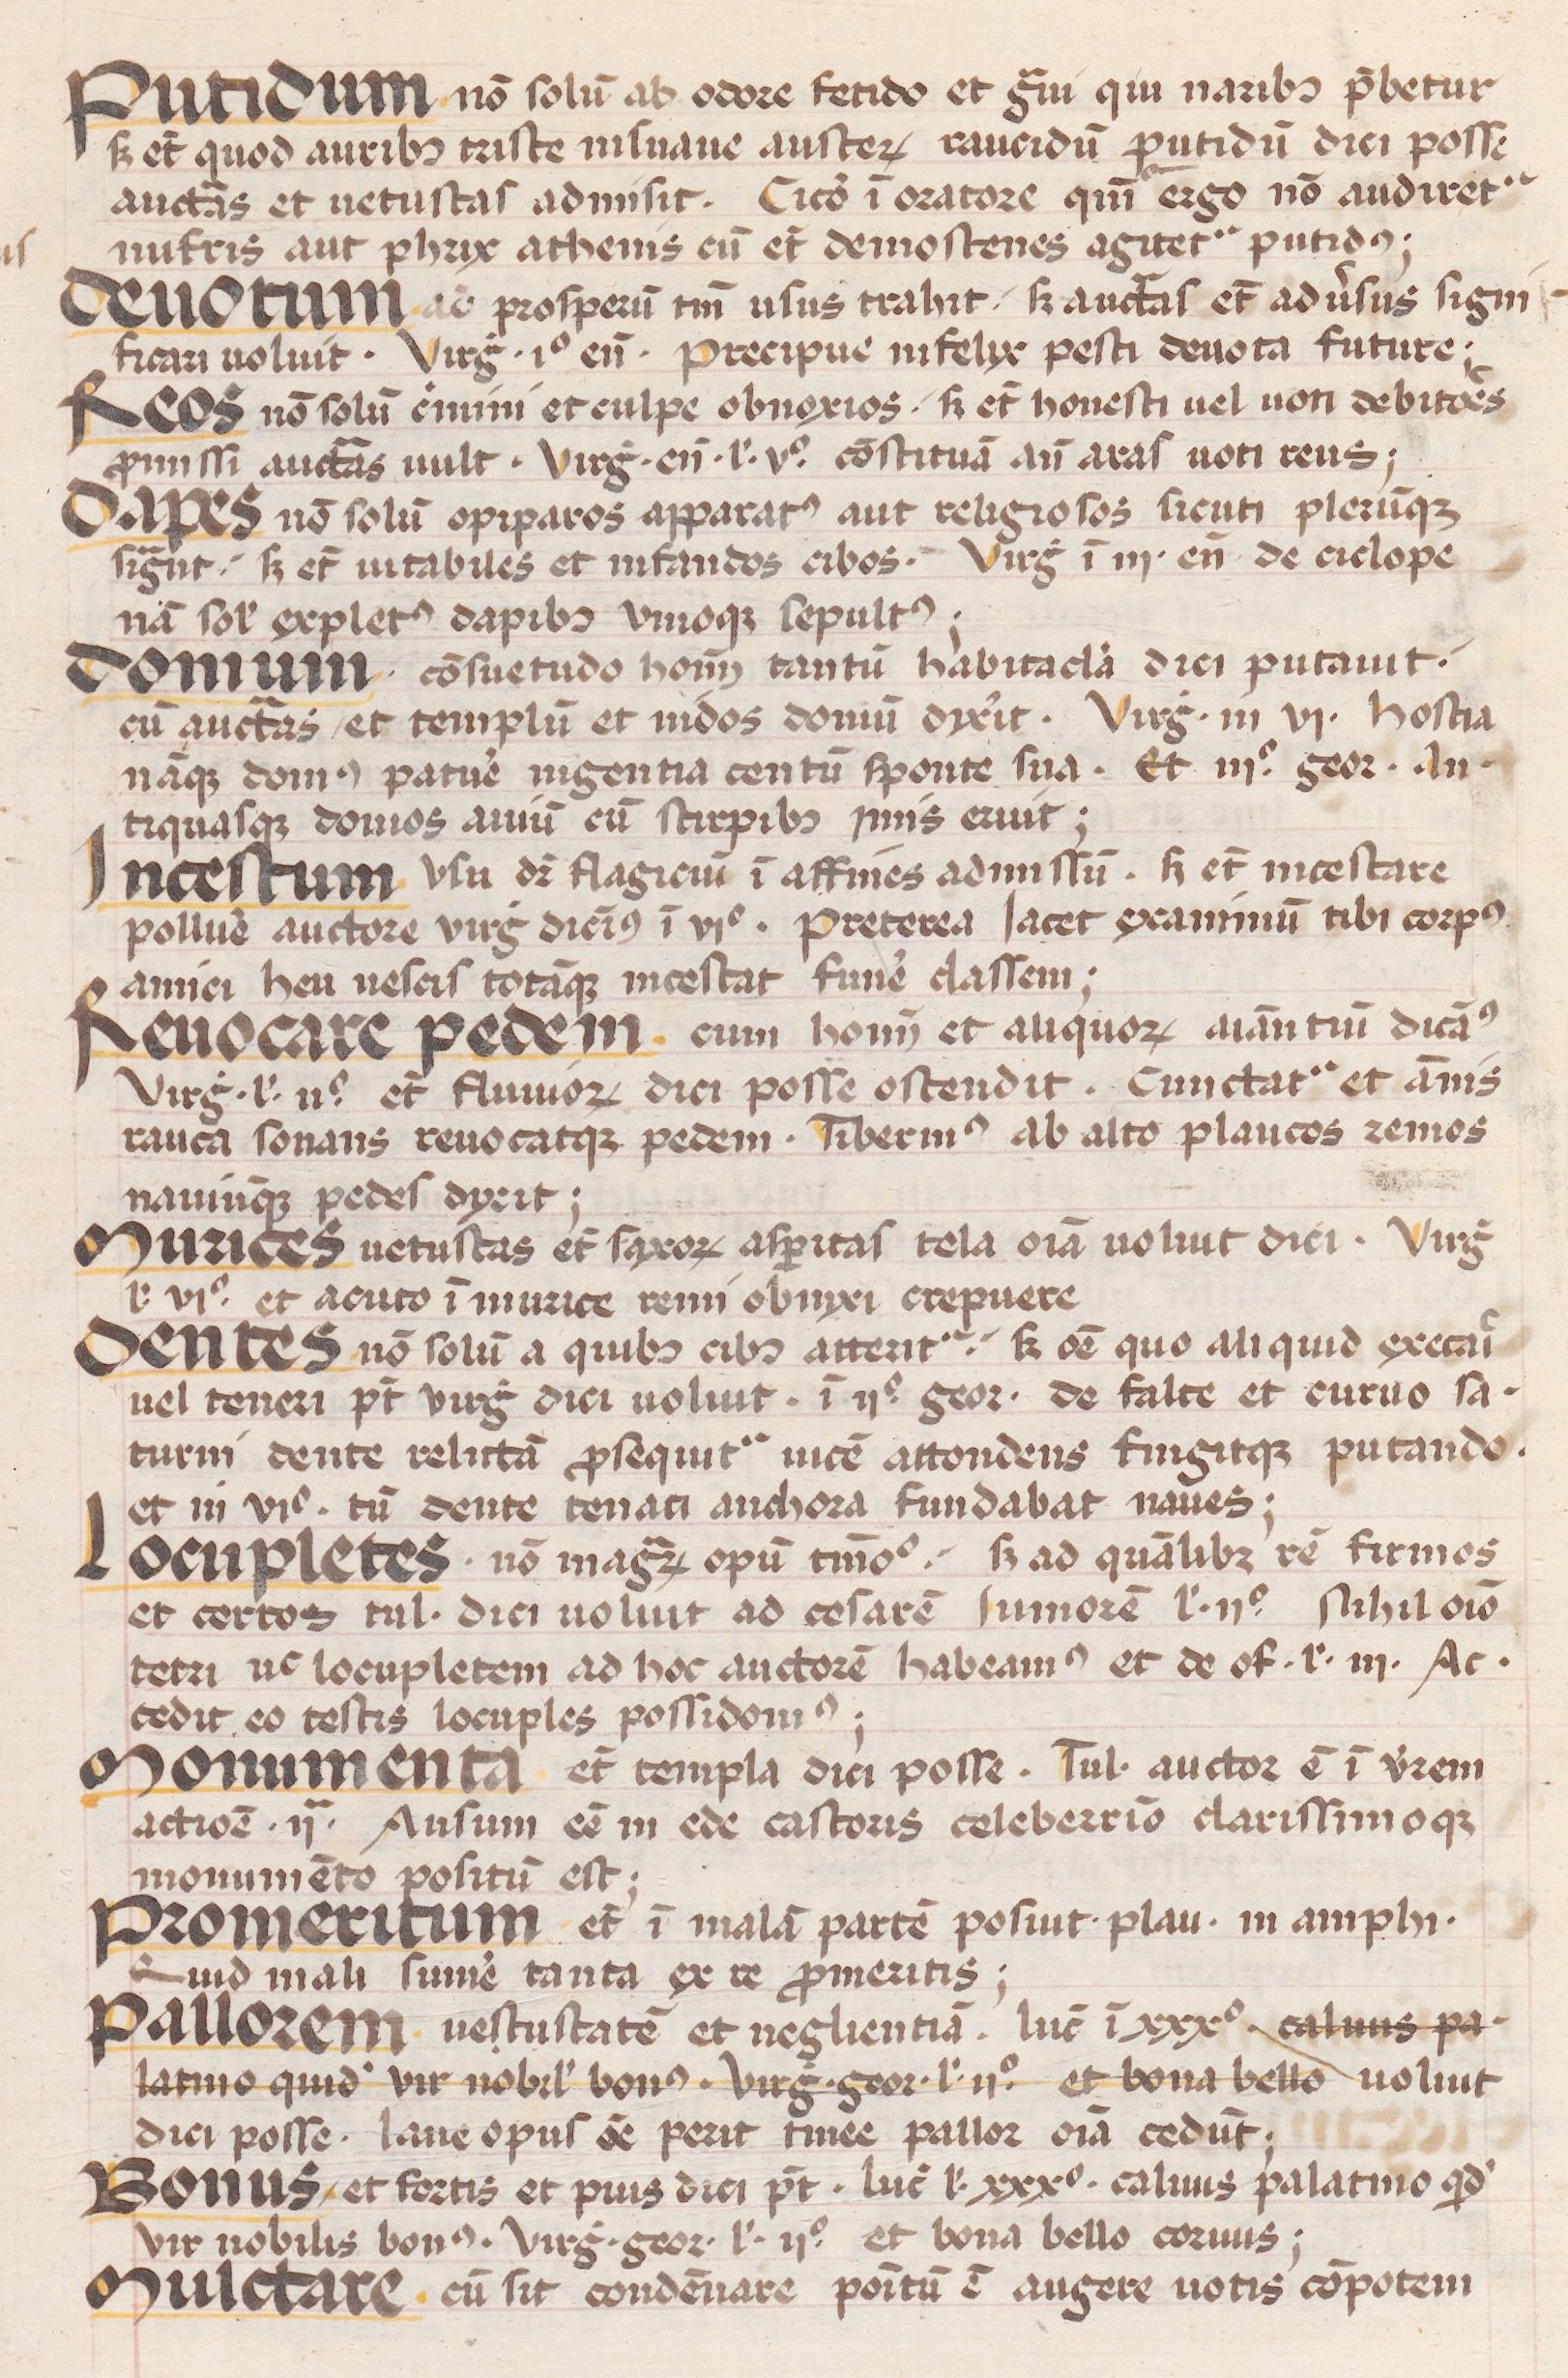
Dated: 1450–1474